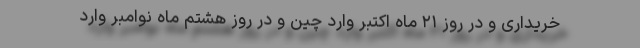
خریداری و در روز ۲۱ ماه اکتبر وارد چین و در روز هشتم ماه نوامبر وارد